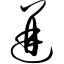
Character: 迸